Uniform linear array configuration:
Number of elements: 24
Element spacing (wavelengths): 0.5
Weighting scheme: hamming
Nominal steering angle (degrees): -30
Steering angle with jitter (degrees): -29.313
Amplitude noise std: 0.05
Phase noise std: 0.05

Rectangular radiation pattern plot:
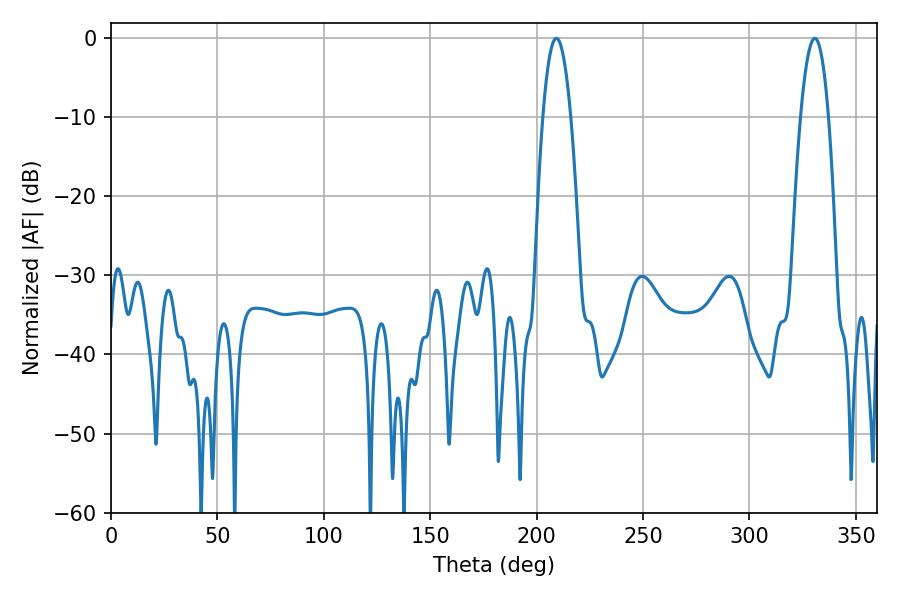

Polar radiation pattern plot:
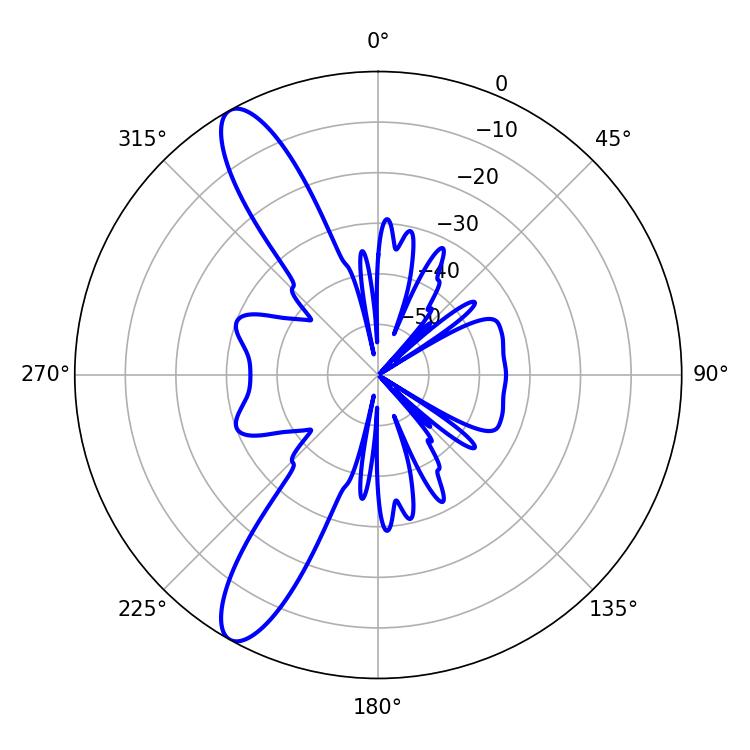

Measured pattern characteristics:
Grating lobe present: FALSE
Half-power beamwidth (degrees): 7.2
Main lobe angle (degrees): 330.66